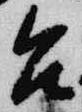
台